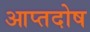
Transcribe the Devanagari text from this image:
आप्तदोष